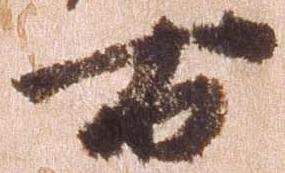
右